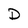
Character: D